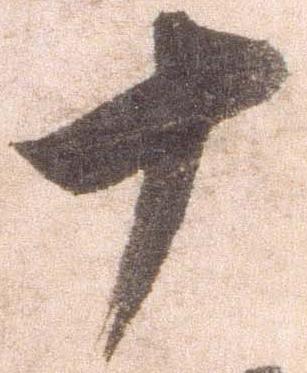
十